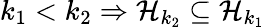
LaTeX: k_{1}<k_{2}\Rightarrow\mathcal{H}_{k_{2}}\subseteq\mathcal{H}_{k_{1}}